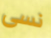
نسى